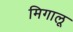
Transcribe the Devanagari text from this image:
मिगालू